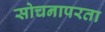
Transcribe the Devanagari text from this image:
सोचनापरता